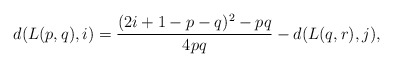
\begin{align*}d(L(p,q),i)=\dfrac{(2i+1-p-q)^2-pq}{4pq}-d(L(q,r),j),\end{align*}